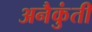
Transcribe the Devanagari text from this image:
अनैकुंती